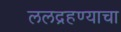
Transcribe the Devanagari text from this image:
ललद्रहण्याचा